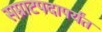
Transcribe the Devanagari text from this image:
सम्राटपदापर्यंत